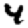
Digit: 4